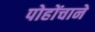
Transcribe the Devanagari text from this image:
पोहोंचाने